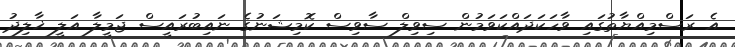
އެ ރަސްމިއްޔާތުގައި ވާހަކަދައްކަވަމުން ސިވިލް ސާވިސް ކޮމިޝަނުގެ ނައިބުރައީސް ޖަމީލާ އަލީ ޚާލިދު